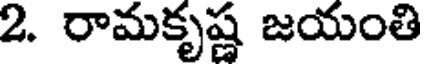
2. రామకృష్ణ జయంతి